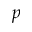
p